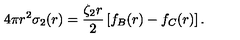
4 \pi r ^ { 2 } \sigma _ { 2 } ( r ) = \frac { \zeta _ { 2 } r } { 2 } \left[ f _ { B } ( r ) - f _ { C } ( r ) \right] .